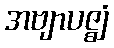
အဗျာပဇ္ဈံ